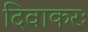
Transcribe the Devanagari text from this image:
दिवाकरः